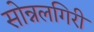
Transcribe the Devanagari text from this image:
सोन्नलगिरी